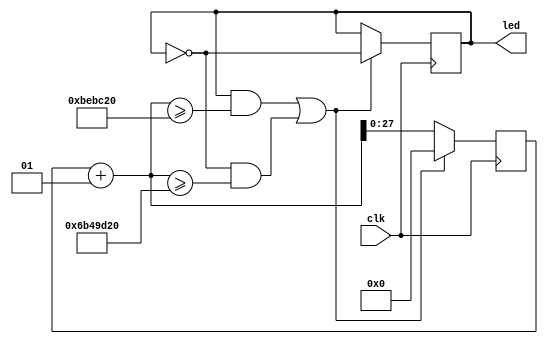
`timescale 1ns / 1ps

module blinky(
    input clk,
    output led
);

parameter cycle_freq_hz = 1;
parameter clock_freq_hz = 125000000;

localparam clocks_per_cycle = clock_freq_hz / cycle_freq_hz;
localparam on_clocks_per_cycle = clocks_per_cycle / 10;
localparam off_clocks_per_cycle = clocks_per_cycle * 9 / 10;

reg signed [27:0] count = -1;
reg state = 1;

assign led = state;

always @ (posedge(clk))
    if (state == 1 && count + 1 >= on_clocks_per_cycle ||
        state == 0 && count + 1 >= off_clocks_per_cycle)
    begin
        count <= 0;
        state <= ~state;
    end
    else
        count <= count + 1;

endmodule